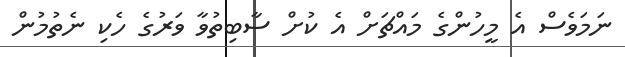
ނަމަވެސް އެ މީހުންގެ މައްޗަށް އެ ކުށް ސާބިތުވާ ވަރުގެ ހެކި ނެތުމުން